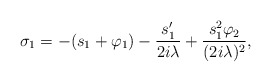
\begin{align*}\sigma_1=-(s_1+\varphi_1)-\frac{s_1'}{2 i\lambda}+\frac{s_1^2\varphi_2}{(2 i\lambda)^2},\end{align*}